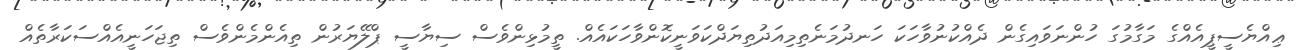
ޢިއްޔެސީޕީއެއްގެ މަގާމުގަ ހުންނަވައިގެން ދެއްކުނުވާހަކަ ހަނދުމަނެތިމިއަދުތިޔަދްކަވަނީކޮންވާހަކައެއް. ތީމުޅިންވެސް ސިޔާސީ ޕްލޭޔަރުން ތިއެންމެންވެސް ތިޖަހަނީއެއްސަކަރާތެއް